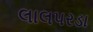
લાલપરડા